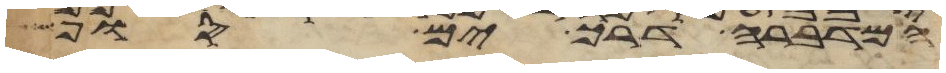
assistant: המדברה דרך ים סוף